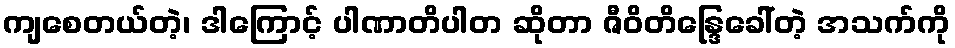
ကျစေတယ်တဲ့၊ ဒါကြောင့် ပါဏာတိပါတ ဆိုတာ ဇီဝိတိန္ဒြေခေါ်တဲ့ အသက်ကို